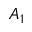
A _ { 1 }